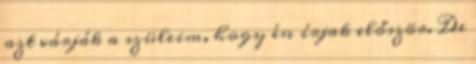
azt várják a szüleim, hogy én írjak először. De